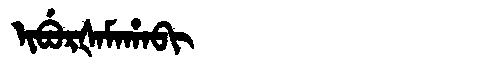
Manchu: ᡳᠪᡠᡵᡧᠠᠮᠠᡥᠠᠪᡳ
Romanization: IBURŠAMAHABI